Lunatic asylums Burma 1907-21 - 1907-1921
Year: 1907
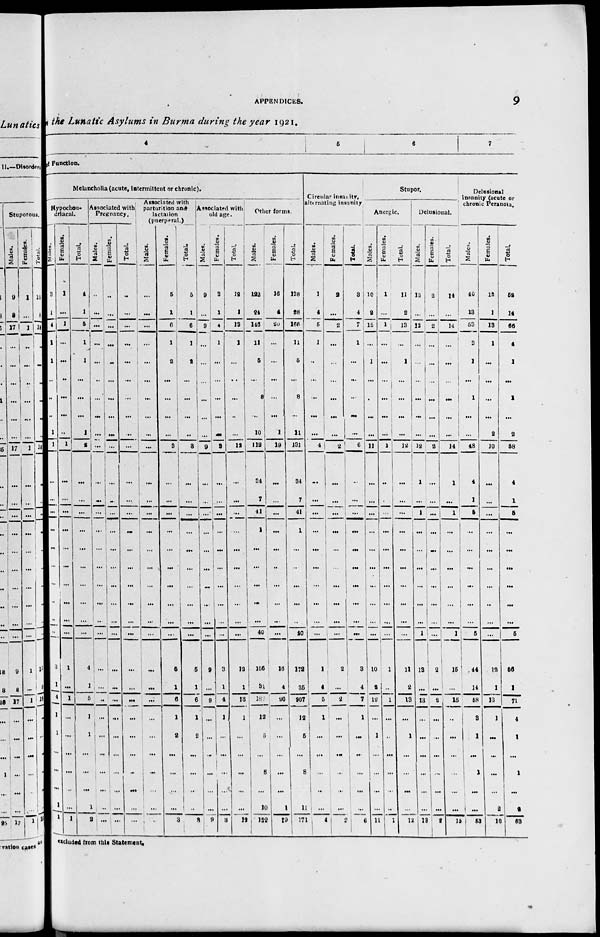
APPENDICES.
9
the Lunatic Asylums in Burma during the year 1921.
4
5
6
7
of Function.
Melancholia (acute, intermittent or chronic).
Hypochon-
driacal.
Males.
3
1
4
1
1
...
...
...
1
1
...
...
...
...
...
...
...
...
...
...
3
1
4
1
1
...
...
...
1
1
Females.
1
...
1
...
...
...
...
...
...
1
...
...
...
...
...
...
...
...
...
...
1
...
1
...
...
...
...
...
...
1
Total.
4
1
5
1
1
...
...
...
1
2
...
...
...
...
...
...
...
...
...
...
4
1
5
1
1
...
...
...
1
2
Associated with
Pregnancy.
Males.
...
...
...
...
...
...
...
...
...
...
...
...
...
...
...
...
...
...
...
...
...
...
...
...
...
...
...
...
...
...
Females.
...
...
...
...
...
...
...
...
...
...
...
...
...
...
...
...
...
...
...
...
...
...
...
...
...
...
...
...
...
...
Total.
...
...
...
...
...
...
...
...
...
...
...
...
...
...
...
...
...
...
...
...
...
...
...
...
...
...
...
...
...
...
Associated with
parturition and
lactation
(puerperal.)
Males.
...
...
...
...
...
...
...
...
...
...
...
...
...
...
...
...
...
...
...
...
...
...
...
...
...
...
...
...
...
...
Females.
5
1
6
1
2
...
...
...
...
3
...
...
...
...
...
...
...
...
...
...
5
1
6
1
2
...
...
...
...
3
Total.
5
1
6
1
2
...
...
...
...
3
...
...
...
...
...
...
...
...
...
...
5
1
6
1
2
...
...
...
...
3
associated with
old age.
Males.
9
...
9
...
...
...
...
...
...
9
...
...
...
...
...
...
...
...
...
...
9
...
9
...
...
...
...
...
...
9
Females.
3
1
4
1
...
...
...
...
...
3
...
...
...
...
...
...
...
...
...
...
3
1
4
1
...
...
...
...
...
3
Total.
12
1
13
1
...
...
...
...
...
12
...
...
...
...
...
...
...
...
...
...
12
1
13
1
...
...
...
...
...
12
Other forms.
Males.
122
24
146
11
5
...
8
...
10
112
34
7
41
1
...
...
...
...
...
40
156
31
187
12
5
...
8
...
10
152
Females.
16
4
20
...
...
...
...
...
1
19
...
...
...
...
...
...
...
...
...
...
16
4
20
...
...
...
...
...
1
19
Total.
138
28
166
11
5
...
8
...
11
131
34
7
41
1
...
...
...
...
...
40
172
35
207
12
5
...
8
...
11
171
Circular insanity,
alternating insanity
Males.
1
4
5
1
...
...
...
...
...
4
...
...
...
...
...
...
...
...
...
...
1
4
5
1
...
...
...
...
...
4
Females.
2
...
2
...
...
...
...
...
...
2
...
...
...
...
...
...
...
...
...
...
2
...
2
...
...
...
...
...
...
2
Total.
3
4
7
1
...
...
...
...
...
6
...
...
...
...
...
...
...
...
...
...
3
4
7
1
...
...
...
...
...
6
Stupor.
Anergic.
Males.
10
2
12
...
1
...
...
...
...
11
...
...
...
...
...
...
...
...
...
...
10
2
12
...
1
...
...
...
...
11
Females.
1
...
1
...
...
...
...
...
...
1
...
...
...
...
...
...
...
...
...
...
1
...
1
...
...
...
...
...
...
1
Total.
11
2
13
...
1
...
...
...
...
12
...
...
...
...
...
...
...
...
...
...
11
2
13
...
1
...
...
...
...
12
Delusional.
Males.
12
...
12
...
...
...
...
...
...
12
1
...
1
...
...
...
...
...
...
1
13
...
13
...
...
...
...
...
...
12
Females.
2
...
2
...
...
...
...
...
...
2
...
...
...
...
...
...
...
...
...
...
2
...
2
...
...
...
...
...
...
3
Total.
14
...
14
...
...
...
...
...
...
14
1
...
1
...
...
...
...
...
...
1
15
...
15
...
...
...
...
...
...
15
Delusional
insanity (acute or
chronic Peranoia.
Males.
40
13
53
3
1
...
1
...
...
48
4
1
5
...
...
...
...
...
...
5
44
14
58
3
1
...
1
...
...
53
Females.
12
1
13
1
...
...
...
...
9
10
...
...
...
...
...
...
...
...
...
...
12
1
13
1
...
...
...
...
2
10
Total.
52
14
66
4
1
...
1
...
2
58
4
1
5
...
...
...
...
...
...
5
56
15
71
4
1
...
1
...
2
63
excluded from this Statement.